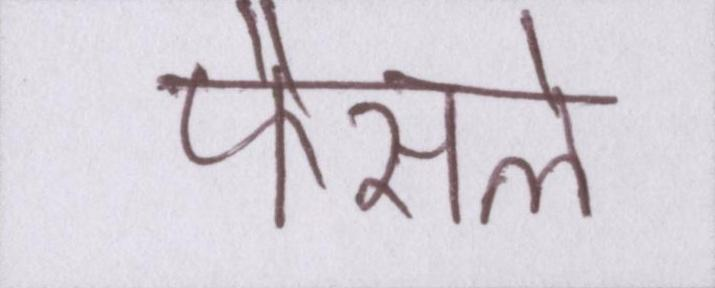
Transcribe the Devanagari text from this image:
फैसले